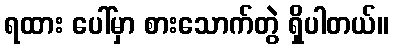
ရထား ပေါ်မှာ စားသောက်တွဲ ရှိပါတယ်။